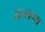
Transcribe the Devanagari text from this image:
यल्लप्पा